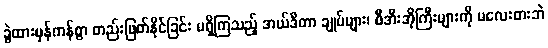
ခွဲထားမှန်ကန်စွာ တည်းဖြတ်နိုင်ခြင်း မရှိကြသည့် အယ်ဒီတာ ချုပ်များ၊ စီအီးအိုကြီးများကို မလေးစားဘဲ